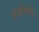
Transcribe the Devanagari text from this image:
इंजीयरिंग